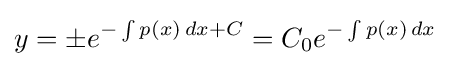
y=\pm e^{-\int p(x)\,dx+C}=C_{0}e^{-\int p(x)\,dx}